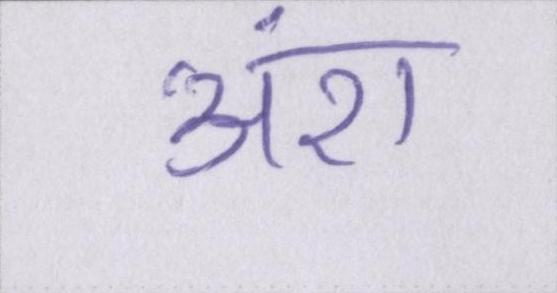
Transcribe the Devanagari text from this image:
अंश